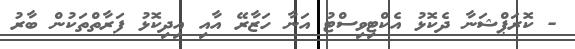
- ކޮރަޕްޝަނާ ދެކޮޅު އެކްޓިވިސްޓު އަނާ ހަޒާރޭ އާއި އިދިކޮޅު ފަރާތްތަކުން ބާރު